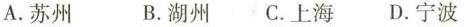
A.苏州 B.湖州 C.上海 D.宁波